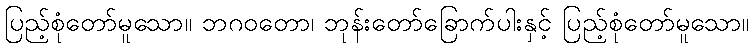
ပြည့်စုံတော်မူသော။ ဘဂဝတော၊ ဘုန်းတော်ခြောက်ပါးနှင့် ပြည့်စုံတော်မူသော။